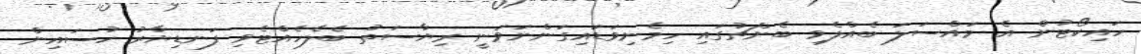
ހައިކޯޓުން އެ މައްސަލަ ބެއްލެވި ބެންޗުގައި ހިމެނިވަޑައިގަންނަވަނީ ރިޔާސަތު ބެލެހެއްޓެވި ފަނޑިޔާރު ހުސައިން